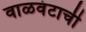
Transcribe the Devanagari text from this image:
वाळवंटाची